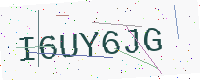
Text: I6UY6JG